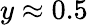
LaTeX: y\approx 0.5